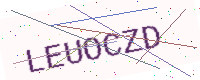
Text: LEUOCZD